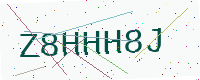
Text: Z8HHH8J